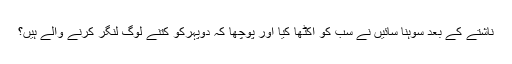
ناشتے کے بعد سوہنا سائیں نے سب کو اکٹھا کیا اور پوچھا کہ دوپہرکو کتنے لوگ لنگر کرنے والے ہیں؟